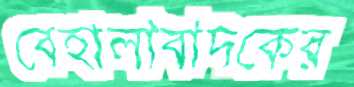
বেহালাবাদকের